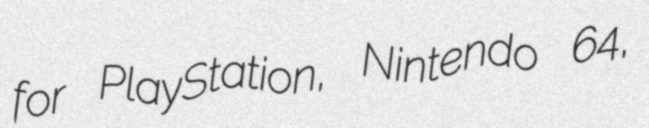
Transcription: for PlayStation, Nintendo 64,